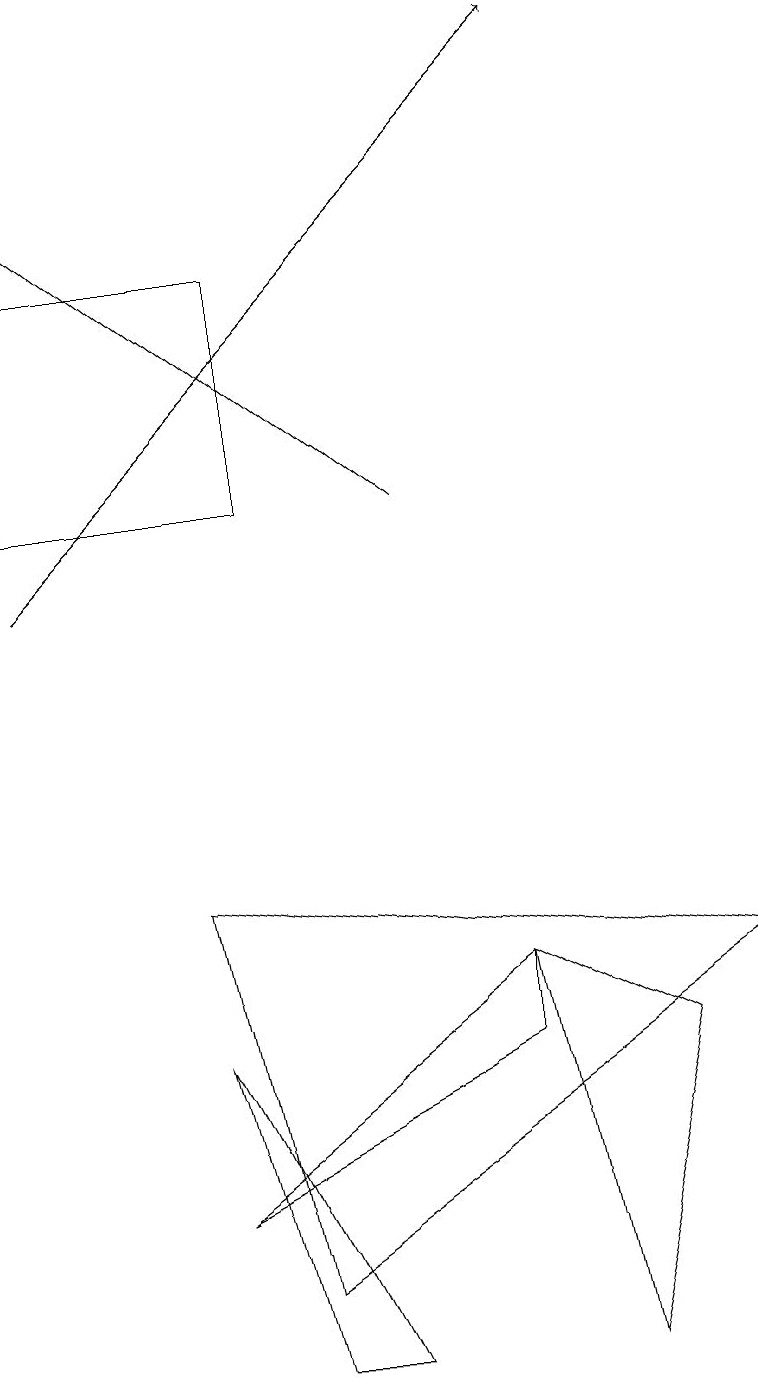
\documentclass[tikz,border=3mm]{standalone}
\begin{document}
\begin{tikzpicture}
\draw (6,6) -- (6,7) -- (2,4) -- cycle;
\draw[->] (0,12) -- (7,19);
\draw[->] (5,13) -- (0,17);
\draw (2,8) -- (9,7) -- (3,3) -- cycle;
\draw (4,2) -- (3,2) -- (2,6) -- cycle;
\draw (0,13) rectangle (3,16);
\draw (6,7) -- (8,6) -- (7,2) -- cycle;
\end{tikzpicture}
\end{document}